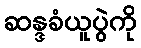
ဆန္ဒခံယူပွဲကို